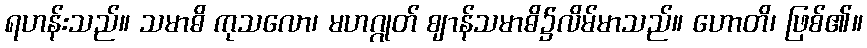
ရဟန်းသည်။ သမာဓိ ကုသလော၊ မဟဂ္ဂုတ် ဈာန်သမာဓိ၌လိမ်မာသည်။ ဟောတိ၊ ဖြစ်၏။